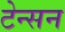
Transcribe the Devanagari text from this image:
टेन्सन